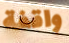
واقفة